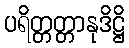
ပရိတ္တတ္တာနုဒိဋ္ဌိ